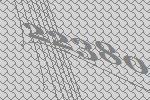
22380